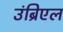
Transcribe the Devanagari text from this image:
उंब्रिएल